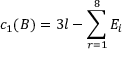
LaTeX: c _ { 1 } ( B ) = 3 l - \sum _ { r = 1 } ^ { 8 } E _ { i }